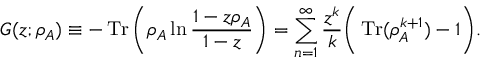
G ( z ; \rho _ { A } ) \equiv - \operatorname { T r } \bigg ( \rho _ { A } \ln { \frac { 1 - z \rho _ { A } } { 1 - z } } \bigg ) = \sum _ { n = 1 } ^ { \infty } \frac { z ^ { k } } { k } \bigg ( \operatorname { T r } ( \rho _ { A } ^ { k + 1 } ) - 1 \bigg ) .